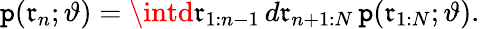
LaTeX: \mathtt{p}(\mathfrak{{r}}_{n};\vartheta)=\intd\mathfrak{{r}}_{1:n-1}\, d\mathfrak{{r}}_{n+1:N}\, \mathtt{p}(\mathfrak{{r}}_{1:N};\vartheta).